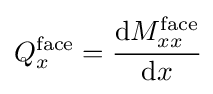
Q_{x}^{\mathrm {face} }={\cfrac {\mathrm {d} M_{xx}^{\mathrm {face} }}{\mathrm {d} x}}